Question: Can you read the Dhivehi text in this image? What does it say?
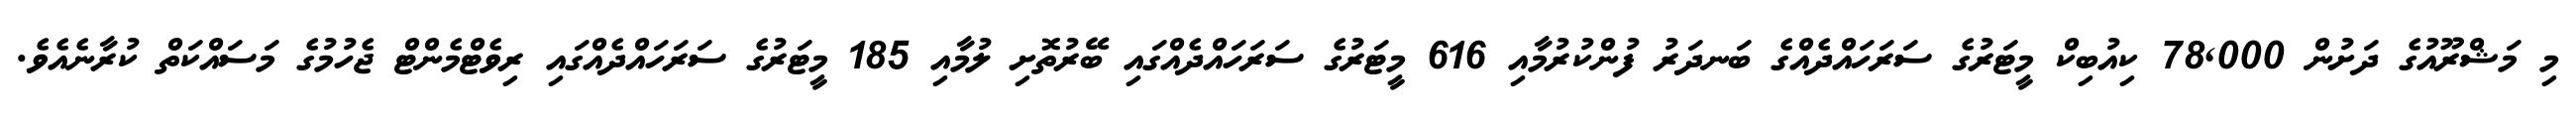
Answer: މި މަޝްރޫއުގެ ދަށުން 78,000 ކިއުބިކް މީޓަރުގެ ސަރަހައްދެއްގެ ބަނދަރު ފުންކުރުމާއި 616 މީޓަރުގެ ސަރަހައްދެއްގައި ބޭރުތޮށި ލުމާއި 185 މީޓަރުގެ ސަރަހައްދެއްގައި ރިވެޓްމެންޓް ޖެހުމުގެ މަސައްކަތް ކުރާނެއެވެ.